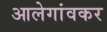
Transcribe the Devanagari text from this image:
आलेगांवकर